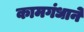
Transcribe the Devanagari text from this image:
कामगंधाने